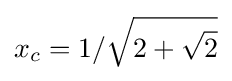
x_{c}=1/{\sqrt {2+{\sqrt {2}}}}